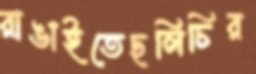
রাঙাইতেছলিচির